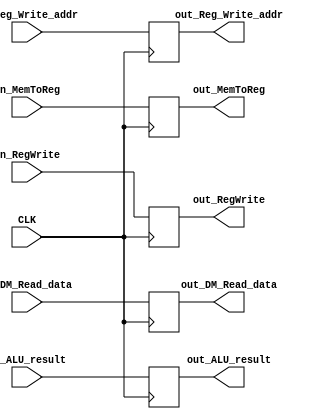
module MEMtoWB_Buffer(
  input CLK,
  input wire[31:0] in_DM_Read_data, in_ALU_result,
  input wire [4:0] in_Reg_Write_addr,
  // contorl signal
  input wire in_MemToReg,
  input wire in_RegWrite,
  // output
  output reg[31:0] out_DM_Read_data, out_ALU_result,
  output reg [4:0] out_Reg_Write_addr,
  // contorl signal
  output reg out_MemToReg, 
  output reg out_RegWrite );

always @(posedge CLK)
begin
  out_DM_Read_data <= in_DM_Read_data;
  out_ALU_result <= in_ALU_result;
  out_Reg_Write_addr <= in_Reg_Write_addr;
  
  out_MemToReg <= in_MemToReg;
  out_RegWrite <= in_RegWrite;
end

endmodule